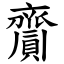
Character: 齎